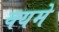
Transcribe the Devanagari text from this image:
क्यमे